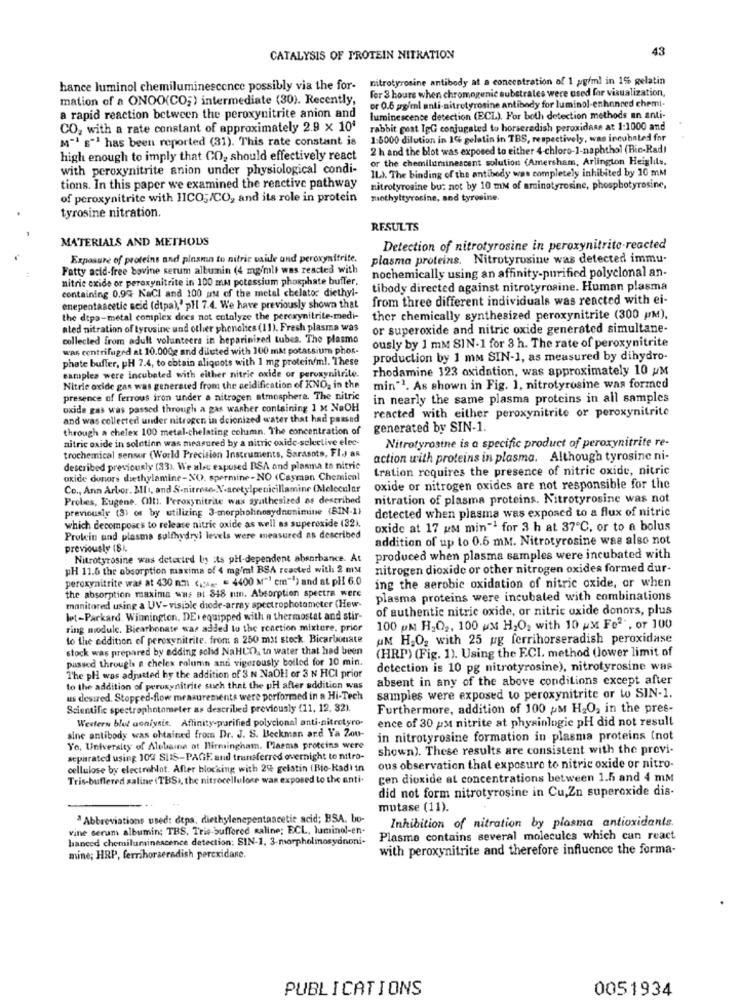
43
CATALYSIS OF PROTEIN NITRATION
hance luminol chemiluminescence possibly via the for- nitrotyrosine antibody at a concentration of 1 pg/ml in 1% gelatin
fer 3 hours when chromogenic substrates were used for visualization,
mation of a ONOO(CO;) intermediate (30). Recently,
or 0.6 gg/ml anti-nitrotyrosine antibody for luminol-enhanced chemi-
a rapid reaction between the peroxynitrite anion and
luminescence detection (ECL). For both detection methods an anti-
CO, with a rate constant of approximately 2.9 x 104
rabbit post TgG conjugated to horseradish peroxidase at 1:1000 and
M" s"ª has been reported (31). This rate constant is
1:8000 dilution in 196 gelatin in TBS, respectively, was incubated for
2 h and the blot was exposed to either 4-chloro-1-naphthol (Bio-Rad)
high enough to imply that CO, should effectively react
or the chemiluminescent solution (Amersham, Arlington Heiglils.
with peroxynitrite anion under physiological condi-
IL). The binding of the antibody was completely inhibited by 10 mM
tions. In this paper we examined the reactive pathway
nitrotyrosine but not by 10 mM of aminotyrosine, phosphotyrosine,
of peroxynitrite with JICO;/CO, and its role in protein
methyltyrosine, and tyrosine.
tyrosine nitration.
RESULTS
MATERIALS AND METHODS
Detection of nitrotyrosine in peroxynitrite reacted
Exposure of proteins and plasma to nitric vaide ond peroxynitrite.
plasma proteins. Nitrotyrosine was detected immu-
Fatty acid-free bovine serum albumin (4 mg/ml) was reacted with
nochemically using an affinity-purified polyclonal an-
nitric oxide or peroxynitrite in 100 mm potessium phosphate buffer,
containing 0.9% KaCl and 100 au of the metal chelator diethyl-
tibody directed against nitrotyrosine. Human plasma
from three different individuals was reacted with ei-
enepentaacetic acid (dtpa),' pH 7.4. We have previously shown that
the dtpa-metal complex does not cotalyze the peroxynitrite-medi-
ther chemically synthesized peroxynitrite (300 p/M),
ated nitration of tyrusine und other phenolics (11). Fresh plasma was
or superoxide and nitric oxide generated simultane-
collected from adult volunteers in heparinired tubes. The plasmo
ously by 1 mM SIN-1 for 3 h. The rate of peroxynitrite
was centrifuged at 10.000g and diluted with 100 ml potassium phos.
phate buffer, pH 7.4, to obtain aliquots with 1 mg protein/m !. These
production by 1 mm SIN-1, as measured by dihydro-
samples were incubated with either nitric oxide or peroxynitrite.
rhodamine 123 oxidation, was approximately 10 PM
Nitric oxide gan was generated from the acidification of KNO, in the
min"2. As shown in Fig. 1, nitrotyrosine was formed
presence of ferrous iron under a nitrogen atmosphere. The nitric
in nearly the same plasma proteins in all samples
oxide gas was passed through a gas washer containing 1 x NaOH
reacted with either peroxynitrite or peroxynitrite
and was collected under nitrogen in dcionized water that had passed
through a chelex 100 metal-chelating column. The concentration of
generated by SIN-1.
nitric oxide in solotinn was measured by a nitric oxide-selective elec-
Nitrotyrosine is a specific product of peroxynitrite re-
trochemical sensor (World Precision Instruments, Sarasota, Fl.) an
action with proteins in plasma. Although tyrosine ni-
described previously (33). We alec exposed RSA and plasma to nitric
tration requires the presence of nitric oxide, nitric
oxide donors diethylamine-NO. spermine-NO <Casmaan Chemical
Co ., Ann Arbor. MI, and S-nitrose-N-acetylpenicillamine (Molecular
oxide or nitrogen oxides are not responsible for the
Probes, Eugene. Olt1. Peroxynitrite was synthesized as described
nitration of plasma proteins. Nitrotyrosine was not
previously (3) or by utilizing 3-morpholinosydnonimine (BIN-1}
detected when plasma was exposed to a flux of nitric
which decomposes to release nitric oxide as well as superoxide (32).
oxide at 17 um min" for 3 h at 37℃, or to a bolus
Protein und plasma sulfhydryl levels were measured as described
addition of up to 0.5 mM. Nitrotyrosine was also not
previously (8).
Nitrotyrosine was detected In its pH-dependent absorbance. At
produced when plasma samples were incubated with
pH 11.6 the absorption maxima of 4 mg/ml BSA reacted with 2 my
nitrogen dioxide or other nitrogen oxides formed dur-
peroxynitrite was at 430 mm (= = 4400 M"" em"") and at plf 6.0
ing the aerobic oxidation of nitric oxide, or when
the absorption maxima was BL 848 mm. Absorption spectra were
plasma proteins were incubated with combinations
monitored using a UV-visible diode-array spectrophotometer (Hew-
of authentic nitric oxide, or nitric oxide donors, plus
let-Parkard. Wilmington. DE. equipped with n thermostat and stir-
ring module. Bicarbonate was added to the reaction mixture, prior
100 pm H2O2, 100 UM H,O, with 10 px Fe"", or 100
to the addition of peroxynitrite. from a 250 mst stock. Bicarbonate
AM H2O2 with 25 pg ferrihorseradish peroxidase
stock was prepared by adding solid NaHUO, tn water that had been
(HRP) (Fig. 1). Using the ECI. method (lower limit of
passed through a chelex column and vigorously boiled for 10 min.
detection is 10 pg nitrotyrosine), nitrotyrosine was
The pH was adjusted hy the addition of 3 N NaOH or 3 N HCI prior
absent in any of the above conditions except after
to the addition of peruxynitrite such that the pH after addition was
us desired. Stopped-flow measurements were performed in a Hi-Tech
samples were exposed to peroxynitrite or to SIN-1.
Scientific spectrophotometer as described previously (11. 12. 32).
Furthermore, addition of 100 pM H2O, in the pres-
Western blot analysis. Affinity parified polyclonal anti-nitrotyro-
ence of 30 pst nitrite at physinlogic pH did not result
sine antibody was obtained from Dr. J. S. Beckman and Ya Zou-
in nitrotyrosine formation in plasma proteins (not
Yo, University of Alebaine ot Birmingham. Plasma proteins were
shown). These results are consistent with the previ-
separated using 109 SIIS-PAGE and transferred overnight to nitro-
cellulose by electroblot. After blocking with 29 geistin (Bio-Kadi in
ous observation that exposure to nitric oxide or nitro-
Tris-buffered saline (TBS ., the nitrocellulose wan exposed to the anti-
gen dioxide at concentrations between 1.5 and 4 mm
did not form nitrotyrosine in Cu,Zn superoxide dis-
mutase (11).
"Abbreviations used: dtpa, diethylenepentaacetic acid; BSA. bo-
Inhibition of nitration by plasma antioxidants.
vine serum albumin; TBS, Trie-buffored saline; ECL, luminol-en-
hanced chemiluminescence detection: SIN-1, 3-morpholinosydnoni-
Plasme contains several molecules which can react
with peroxynitrite and therefore influence the forma-
mine; HRP, ferrihorseradish percxidase.
PUBLICATIONS
0051934